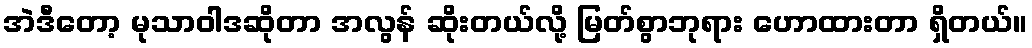
အဲဒီတော့ မုသာဝါဒဆိုတာ အလွန် ဆိုးတယ်လို့ မြတ်စွာဘုရား ဟောထားတာ ရှိတယ်။